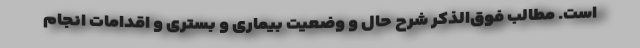
است. مطالب فوق‌الذکر شرح حال و وضعیت بیماری و بستری و اقدامات انجام